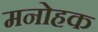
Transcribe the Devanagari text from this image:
मनोहक